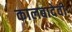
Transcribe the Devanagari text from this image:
कालबादेवी